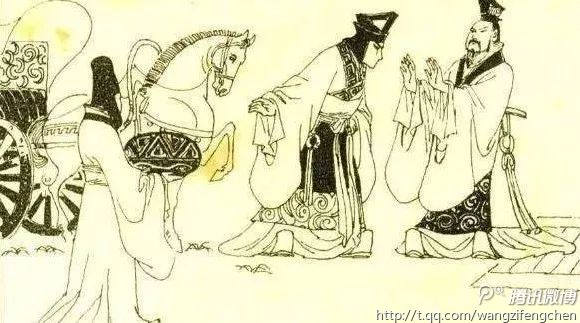
智者千虑，必有一失愚者千虑，必有一得。